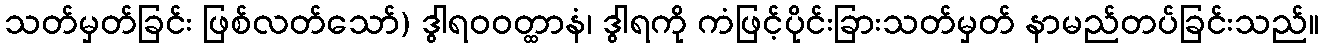
သတ်မှတ်ခြင်း ဖြစ်လတ်သော်) ဒွါရဝဝတ္ထာနံ၊ ဒွါရကို ကံဖြင့်ပိုင်းခြားသတ်မှတ် နာမည်တပ်ခြင်းသည်။